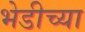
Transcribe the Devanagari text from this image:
भेडीच्या